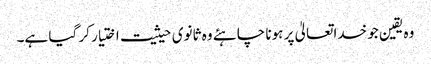
وہ یقین جو خداتعالیٰ پر ہونا چاہئے وہ ثانوی حیثیت اختیار کر گیا ہے۔